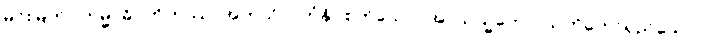
မင်းမြတ်။ ကမ္မာဓိဂ္ဂဟိတဿ၊ အကုသိုလ်ကံနှိပ်စက်သော။ အာယသ္မတော၊ သက်တော်ရှည်သော။